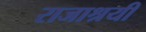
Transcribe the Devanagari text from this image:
राजाश्रयी